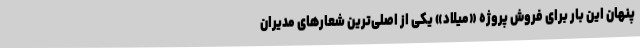
پنهان این بار برای فروش پروژه «میلاد» یکی از اصلی‌ترین شعارهای مدیران